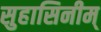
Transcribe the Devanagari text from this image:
सुहासिनीम्